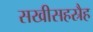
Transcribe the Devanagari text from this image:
सखीसहस्रैह